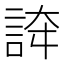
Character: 𧧳